Madras plague regulations and rules for the city of Madras
Disease focus: Plague
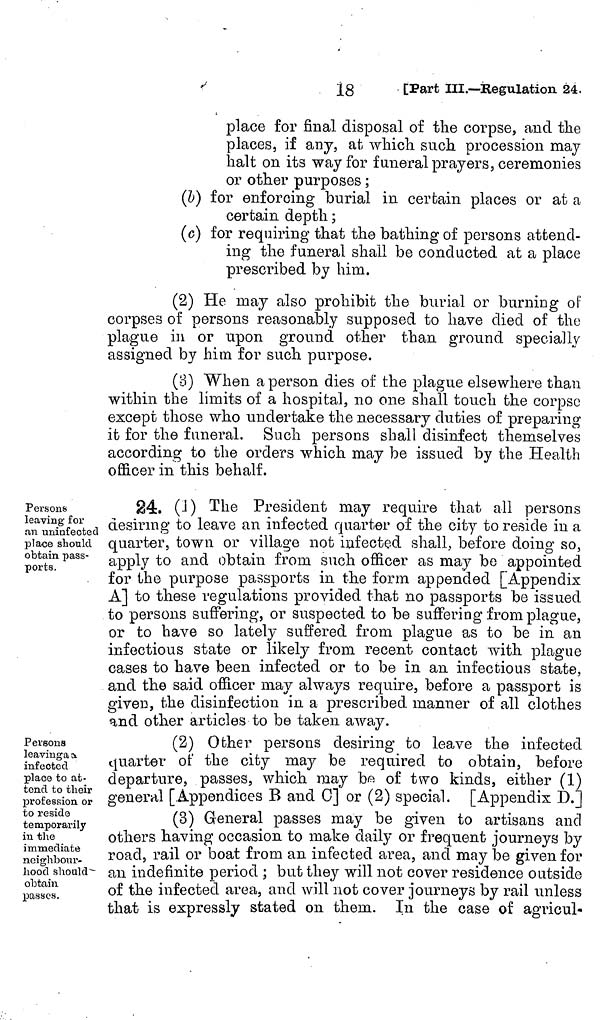
place for final disposal of the corpse, and the
places, if any, at which such procession may
halt on its way for funeral prayers, ceremonies
or other purposes ;
(b) for enforcing burial in certain places or at a
certain depth ;
(c) for requiring that the bathing of persons attend-
ing the funeral shall be conducted at a place
prescribed by him.
(2) He may also prohibit the burial or burning of
corpses of persons reasonably supposed to have died of the
plague in or upon ground other than ground specially
assigned by him for such purpose.
(B) When a person dies of the plague elsewhere than
within the limits of a hospital, no one shall touch the corpse
except those who undertake the necessary duties of preparing
it for the funeral. Such persons shall disinfect themselves
according to the orders which may be issued by the Health
officer in this behalf.
Persons
leaving for
an uninfectecl
place should
obtain pass-
ports.
24. (1) The President may require that all persons
desiring to leave an infected quarter of the city to reside in a
quarter, town or village not infected shall, before doing so,
apply to and obtain from such officer as may be appointed
for the purpose passports in the form appended [Appendix
A] to these regulations provided that no passports be issued
to persons suffering, or suspected to be suffering from plague,
or to have so lately suffered from plague as to be in an
infectious state or likely from recent contact with plague
cases to have been infected or to be in an infectious state,
and the said officer may always require, before a passport is
given, the disinfection in a prescribed manner of all clothes
and other articles to be taken away.
Persons
leaving as
infected
place to at-
tend to their
profession or
to reside
temporarily
in the
immediate
neighbour-
hood should
obtain
passes.
(2) Other persons desiring to leave the infected
quarter of the city may be required to obtain, before
departure, passes, which may be of two kinds, either (1)
general [Appendices B and C] or (2) special. [Appendix D.]
(3) General passes may be given to artisans and
others having occasion to make daily or frequent journeys by
road, rail or boat from an infected area, and may be given for
an indefinite period ; but they will not cover residence outside
of the infected area, and will not cover journeys by rail unless
that is expressly stated on them. In the case of agricul-